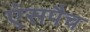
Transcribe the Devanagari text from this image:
एंसपैच